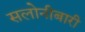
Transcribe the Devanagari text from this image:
सलोनीबारी